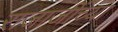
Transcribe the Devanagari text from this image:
राजाजींच्या